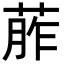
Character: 葄